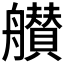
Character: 𦪸